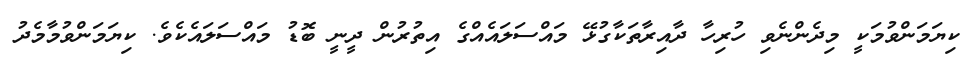
ކިޔަމަންވުމަކީ މިދެންނެވި ހުރިހާ ދާއިރާތަކާގުޅޭ މައްސަލައެއްގެ އިތުރުން ދީނީ ބޮޑު މައްސަލައެކެވެ. ކިޔަމަންވުމާމެދު